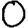
Digit: 0